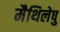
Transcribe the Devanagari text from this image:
मैथिलेषु